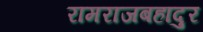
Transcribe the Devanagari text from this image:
रामराजबहादुर